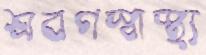
শ্রবণস্বাস্থ্য